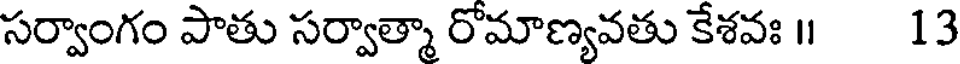
సర్వాంగం పాతు సర్వాత్మా రోమాణ్యవతు కేశవః ॥ 13